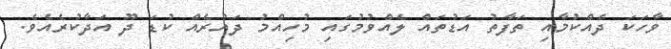
ވާހަކަ ދެއްކުމާއި ތަފާތު އަޑުތައް ލެއްވުމުގައި މުހިއްމު ދައުރެއް ކުޑަ ދޫ އަދާކުރެއެވެ.